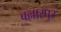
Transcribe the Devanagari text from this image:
बल्लारपुर